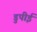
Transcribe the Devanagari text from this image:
डुपीई